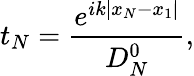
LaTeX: t_{N}=\frac{e^{ik|x_{N}-x_{1}|}}{D_{N}^{0}},